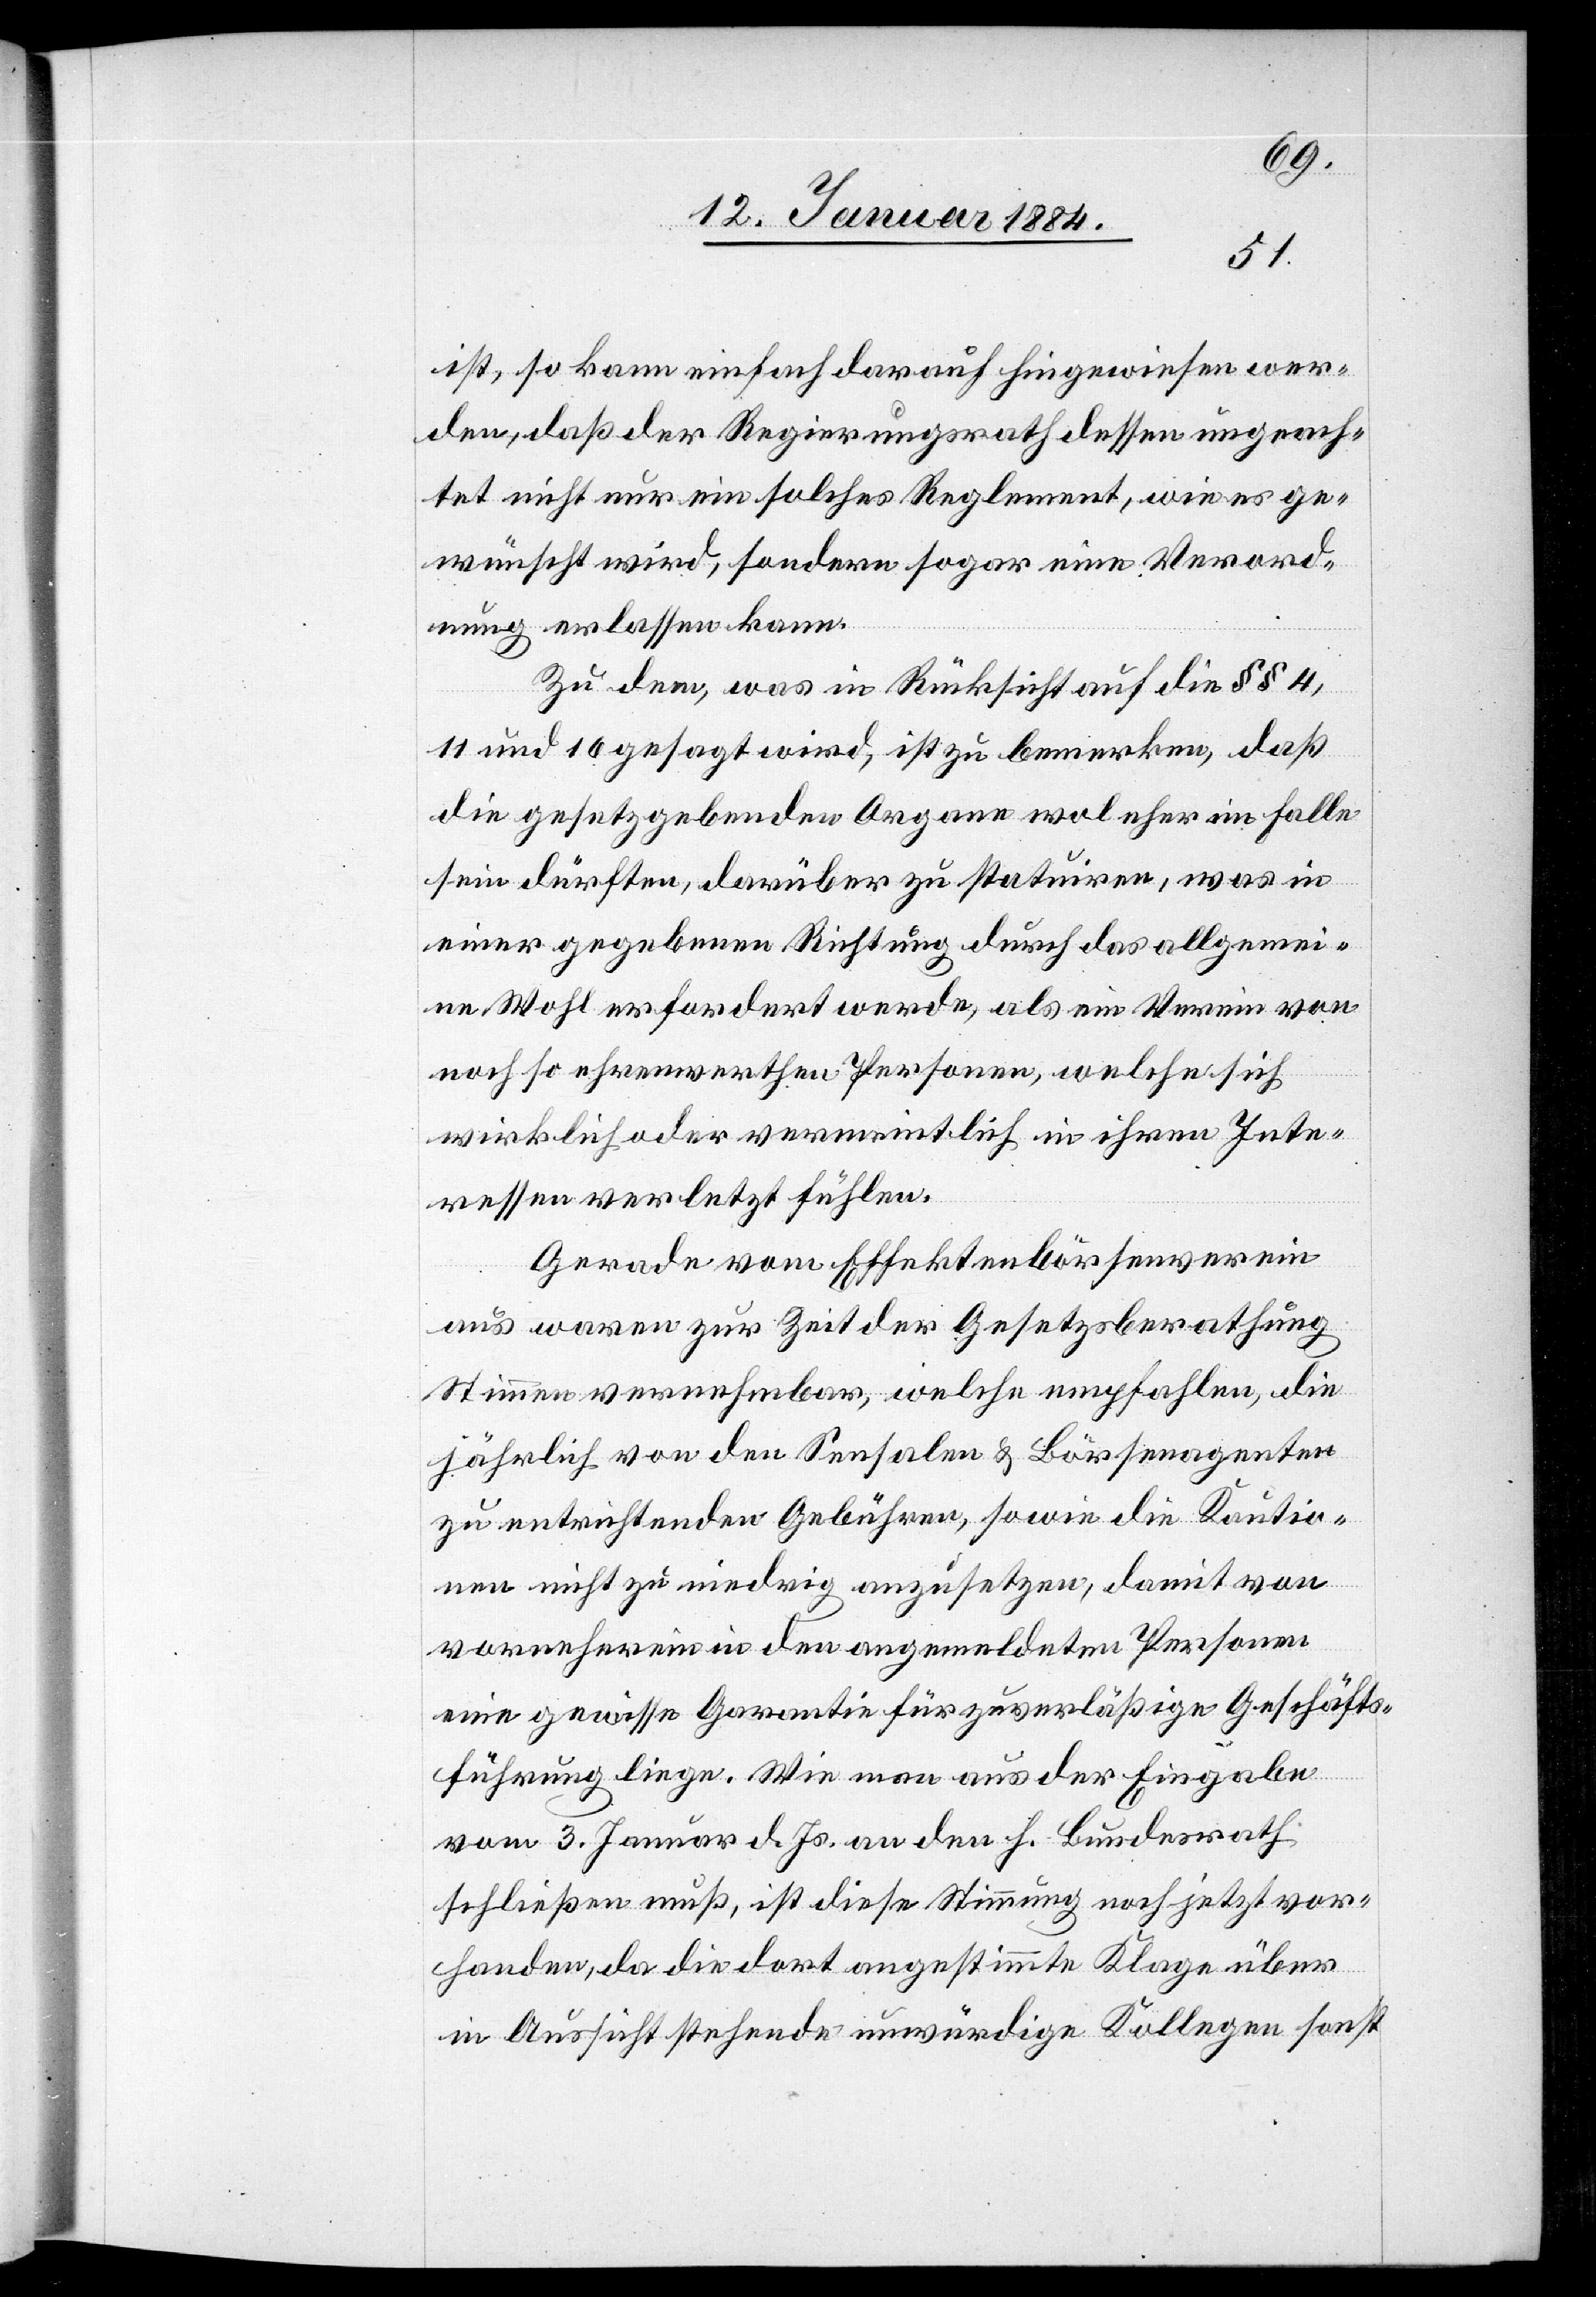
ist, so kann einfach darauf hingewiesen wer¬
den, daß der Regierungsrath dessen ungeach¬
tet nicht nur ein solches Reglement, wie es ge¬
wünscht wird, sondern sogar eine Verord¬
nung erlassen kann.
Zu dem, was in Rücksicht auf die §§ 4,
11 und 16 gesagt wird, ist zu bemerken, daß
die gesetzgebenden Organe wol eher im Falle
sein dürften, darüber zu statuieren, was in
einer gegebenen Richtung durch das allgemei¬
ne Wohl erfordert werde, als ein Verein von
noch so ehrenwerthen Personen, welche sich
wirklich oder vermeintlich in ihren Inte¬
ressen verletzt fühlen.
Gerade vom Effektenbörsenverein
aus waren zur Zeit der Gesetz[e]sberathung
Stimmen vernehmbar, welche empfahlen, die
jährlich von den Sensalen & Börsenagenten
zu entrichtenden Gebühren, sowie die Kautio¬
n nicht zu niedrig anzusetzen, damit von
vornherein in den angemeldeten Personen
eine gewisse Garantie für zuverläßige Geschäfts¬
führung liege. Wie man aus der Eingabe
vom 3. Januar d. Js. an den h. Bundesrath
schließen muß, ist diese Stimmung noch jetzt vor¬
handen, da die dort angestimmte Klage über
in Aussicht stehende unwürdige Kollegen sonst